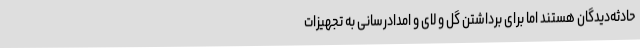
حادثه‌دیدگان هستند اما برای برداشتن گل و لای و امدادرسانی به تجهیزات